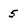
Character: 5